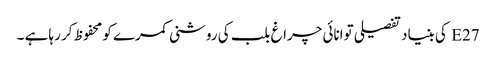
E27 کی بنیاد تفصیلی توانائی چراغ بلب کی روشنی کمرے کو محفوظ کر رہا ہے ۔